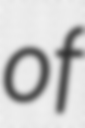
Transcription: of